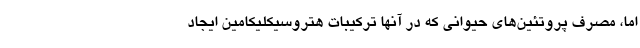
اما، مصرف پروتئین‌های حیوانی که در آنها ترکیبات هتروسیکلیکامین ایجاد